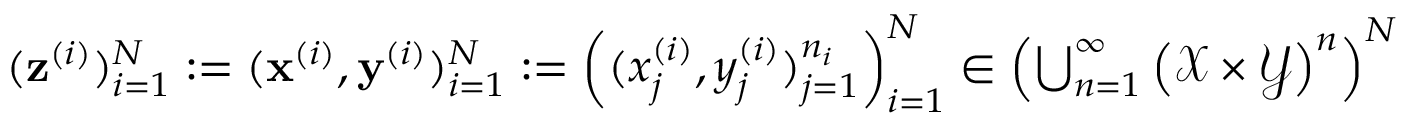
\begin{array} { r } { ( { \bf z } ^ { ( i ) } ) _ { i = 1 } ^ { N } : = ( { \bf x } ^ { ( i ) } , { \bf y } ^ { ( i ) } ) _ { i = 1 } ^ { N } : = \left( ( x _ { j } ^ { ( i ) } , y _ { j } ^ { ( i ) } ) _ { j = 1 } ^ { n _ { i } } \right) _ { i = 1 } ^ { N } \in \left( \bigcup _ { n = 1 } ^ { \infty } \left( \mathcal { X } \times \mathcal { Y } \right) ^ { n } \right) ^ { N } } \end{array}